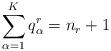
LaTeX: \begin{align*}\sum_{\alpha=1}^K q_\alpha^r=n_r+1\end{align*}